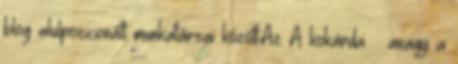
blog alulpozicionált munkatársai között.Az A kokárda – avagy a